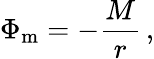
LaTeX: \Phi_{\mathrm{m}}=-\frac{M}{r}\, ,